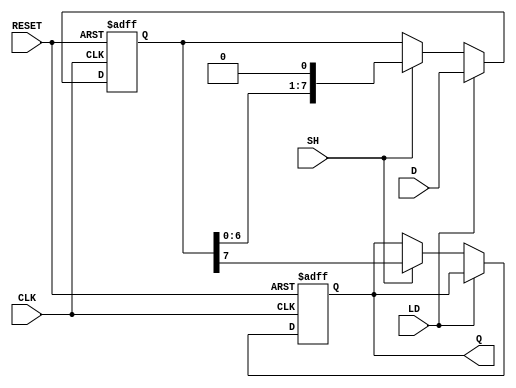
module PISO_Register (
    input wire [7:0] D,     // 8-bit parallel input data
    input wire LD,          // Load control signal
    input wire SH,          // Shift control signal
    input wire CLK,         // Clock signal
    input wire RESET,       // Optional asynchronous reset signal
    output reg Q            // Serial output data
);

    reg [7:0] shift_reg;    // Internal register to hold data

    // Asynchronous reset and loading data
    always @(posedge CLK or posedge RESET) begin
        if (RESET) begin
            shift_reg <= 8'b0; // Clear the shift register
            Q <= 1'b0;         // Optional: clear Q output
        end else if (LD) begin
            shift_reg <= D;    // Load data into the shift register
        end else if (SH) begin
            Q <= shift_reg[7]; // Output MSB to Q
            shift_reg <= {shift_reg[6:0], 1'b0}; // Shift right
        end
        // If neither LD nor SH is high, do nothing (hold state)
    end

endmodule